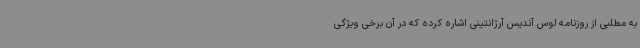
به مطلبی از روزنامه لوس آندیس آرژانتینی اشاره کرده که در آن برخی ویژگی